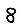
Digit: 8